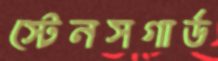
স্টেনসগার্ড